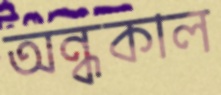
অন্ধকাল